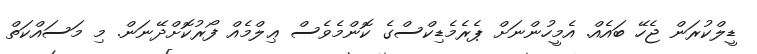
ޑީލްކުރަން ޖެހޭ ބައެއް. އެމީހުންނަށް ޕެރެމެޑިކްސްގެ ކޮންމެވެސް ޢިލްމެއް ފޯރުކޮށްދޭނަން. މި މަސައްކަތް